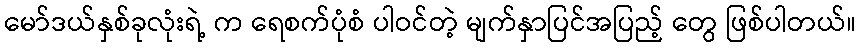
မော်ဒယ်နှစ်ခုလုံးရဲ့ က ရေစက်ပုံစံ ပါဝင်တဲ့ မျက်နှာပြင်အပြည့် တွေ ဖြစ်ပါတယ်။